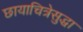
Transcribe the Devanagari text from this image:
छायाचित्रेसुद्धा